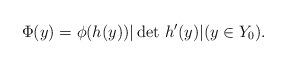
LaTeX: \begin{align*}\Phi(y)=\phi(h(y))|\det\,h'(y)| (y\in Y_0).\end{align*}